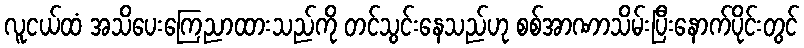
လူငယ်ထံ အသိပေးကြေညာထားသည်ကို တင်သွင်းနေသည်ဟု စစ်အာဏာသိမ်းပြီးနောက်ပိုင်းတွင်